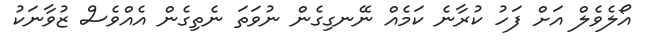
އޯލެވެލް އަށް ފަހު ކުރާނެ ކަމެއް ނޭނގިގެން ނުވަތަ ނެތިގެން އެއްވެސް ޒުވާނަކު